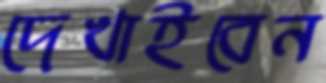
দেখাইবেন